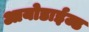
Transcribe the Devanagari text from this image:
आयोडाईज्ड